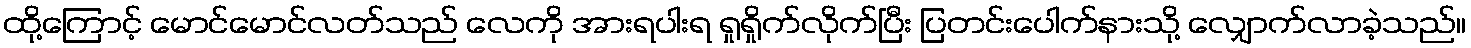
ထို့ကြောင့် မောင်မောင်လတ်သည် လေကို အားရပါးရ ရှုရှိုက်လိုက်ပြီး ပြတင်းပေါက်နားသို့ လျှောက်လာခဲ့သည်။